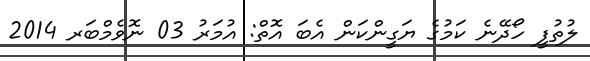
ލުތުފީ ހޯދޭނެ ކަމުގެ ޔަގީންކަން އެބަ އޮތް: އުމަރު 03 ނޮވެމްބަރ 2014